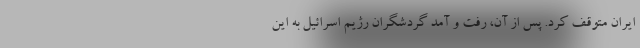
ایران متوقف کرد. پس از آن، رفت و آمد گردشگران رژیم اسرائیل به این